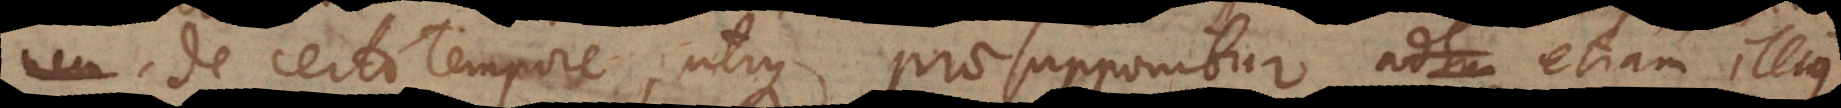
nem de certo tempore, utique praesupponitur etiam illius